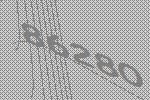
86280